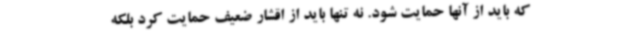
که باید از آنها حمایت شود. نه تنها باید از اقشار ضعیف حمایت کرد بلکه